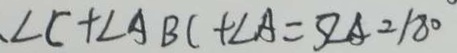
、 \angle C + \angle A B C + \angle A = 3 \angle A = 1 8 0 ^ { \circ }